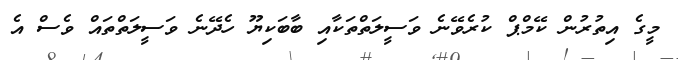
މީގެ އިތުރުން ކޭމްޕް ކުރެވޭނެ ވަސީލަތްތަކާއި ބާބަކިޔޫ ހެދޭނެ ވަސީލަތްތައް ވެސް އެ